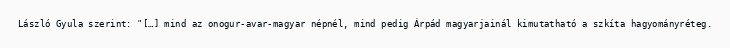
László Gyula szerint: "[…] mind az onogur-avar-magyar népnél, mind pedig Árpád magyarjainál kimutatható a szkíta hagyományréteg.